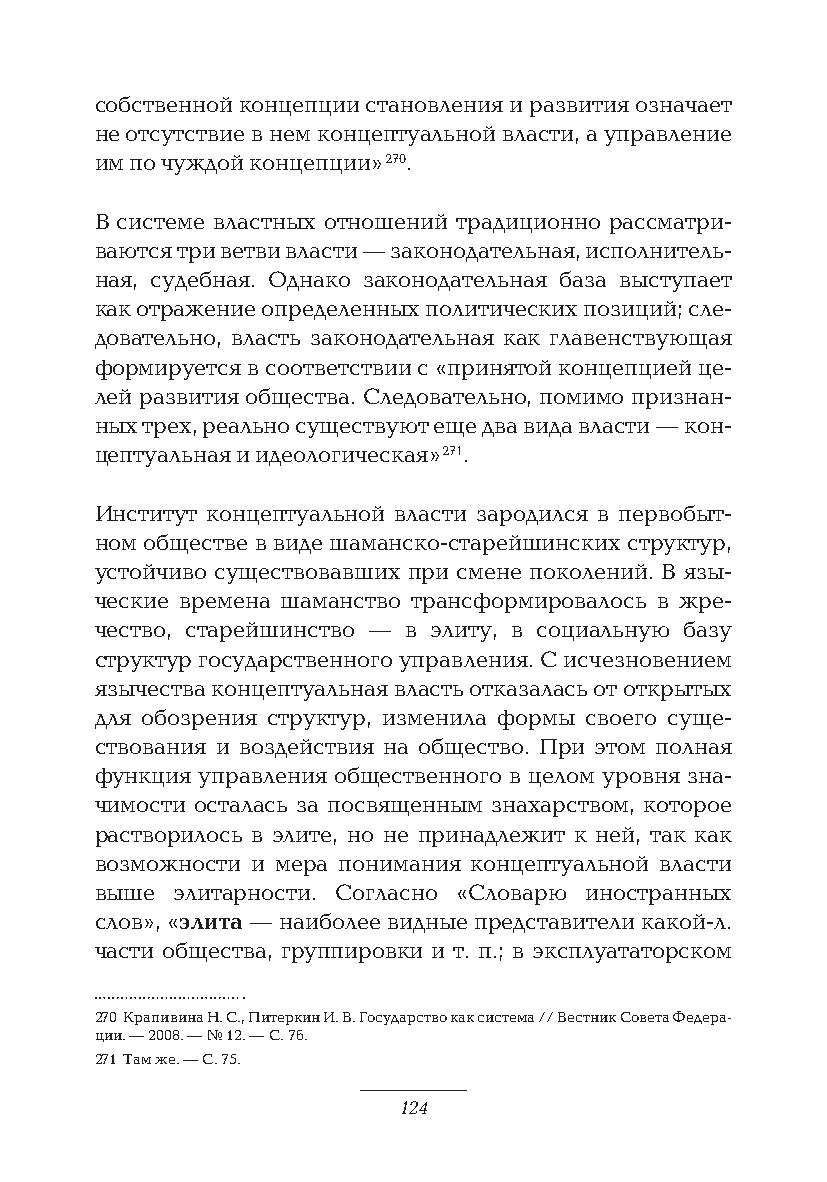
собственной концепции становления и развития означает
 не отсутствие в нем концептуальной власти, а управление
 им по чуждой концепции» 270.
 В системе властных отношений традиционно рассматри-
 ваются три ветви власти — законодательная, исполнитель-
 ная, судебная. Однако законодательная база выступает
 как отражение определенных политических позиций; сле-
 довательно, власть законодательная как главенствующая
 формируется в соответствии с «принятой концепцией це-
 лей развития общества. Следовательно, помимо признан-
 ных трех, реально существуют еще два вида власти — кон-
 цептуальная и идеологическая» 271.
 Институт концептуальной власти зародился в первобыт-
 ном обществе в виде шаманско-старейшинских структур,
 устойчиво существовавших при смене поколений. В язы-
 ческие времена шаманство трансформировалось в жре-
 чество, старейшинство — в элиту, в социальную базу
 структур государственного управления. С исчезновением
 язычества концептуальная власть отказалась от открытых
 для обозрения структур, изменила формы своего суще-
 ствования и воздействия на общество. При этом полная
 функция управления общественного в целом уровня зна-
 чимости осталась за посвященным знахарством, которое
 растворилось в элите, но не принадлежит к ней, так как
 возможности и мера понимания концептуальной власти
 выше  элитарности. Согласно «Словарю иностранных
 слов», «элита — наиболее видные представители какой-л.
 части общества, группировки и т. п.; в эксплуататорском
 270 Крапивина Н. С., Питеркин И. В. Государство как система // Вестник Совета Федера-
 ции. — 2008. — № 12. — С. 76.
 271 Там же. — С. 75.
 124